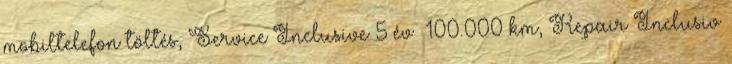
mobiltelefon töltés, Service Inclusive 5 év 100.000 km, Repair Inclusiv